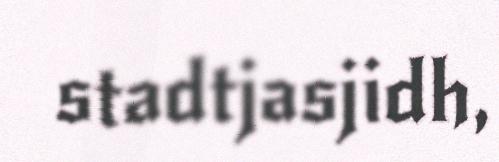
stadtjasjidh,